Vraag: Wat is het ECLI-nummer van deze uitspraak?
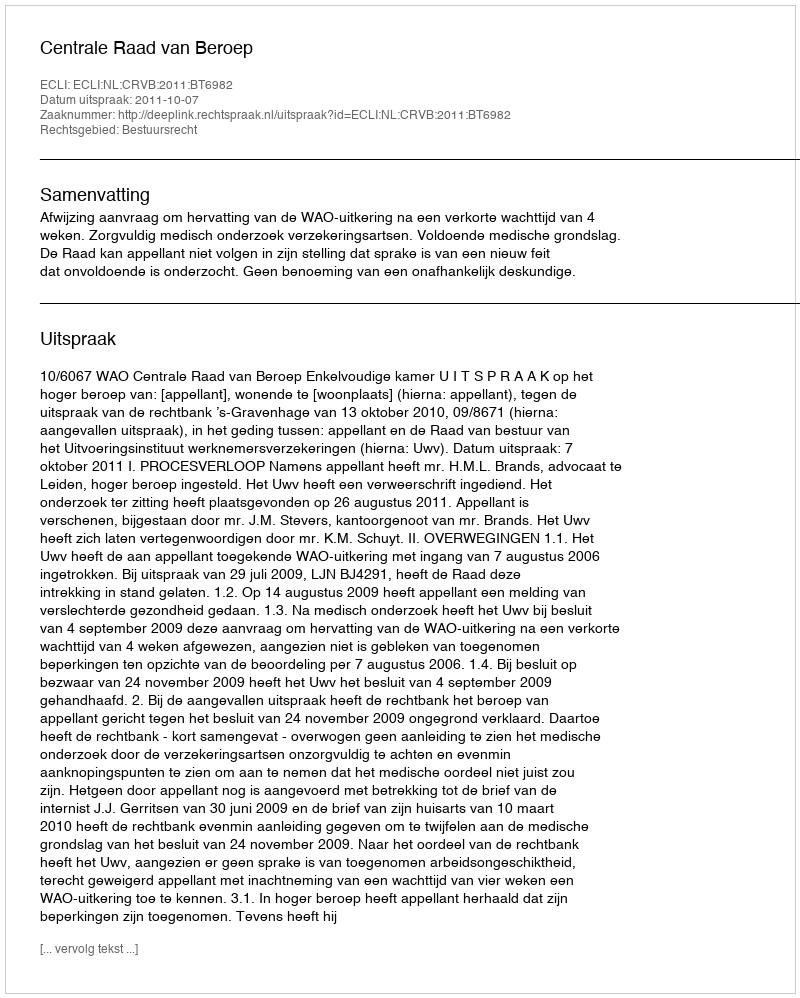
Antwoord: ECLI:NL:CRVB:2011:BT6982